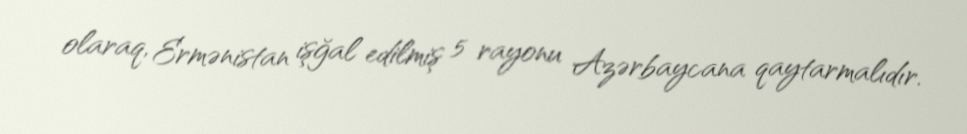
olaraq, Ermənistan işğal edilmiş 5 rayonu Azərbaycana qaytarmalıdır.